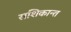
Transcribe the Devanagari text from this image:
सशिकान्त